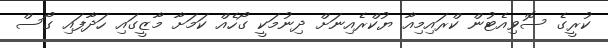
ކުރީގެ ސޮވިއެޓުން ކްރައިމިއާ ޔުކްރެެއިނަށް ދިިނުމަކީ ގޯހެއް ކަމަށާ މާޒީގައި ހަދާފައި ގޯސް